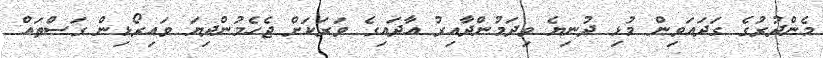
މެންދުރުގެ ގަދައަވިން މުޅި ދުނިޔެ ވިދަމުންދާއިރު އާދައިގެ ވަރަކަށް ޖެހެމުންދިޔަ ވައިރޯޅިން ގަސްތައް